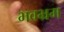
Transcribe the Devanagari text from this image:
भवभ्रम